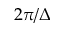
2 \pi / \Delta